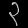
Digit: ၃